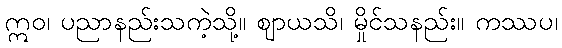
ဣဝ၊ ပညာနည်းသကဲ့သို့။ ဈာယသိ၊ မှိုင်သနည်း။ ကဿပ၊